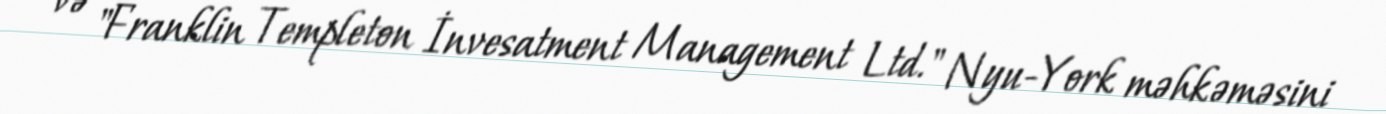
və "Franklin Templeton İnvesatment Management Ltd." Nyu-York məhkəməsini